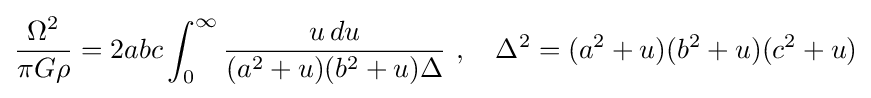
{\frac {\Omega ^{2}}{\pi G\rho }}=2abc\int _{0}^{\infty }{\frac {u\,du}{(a^{2}+u)(b^{2}+u)\Delta }}\ ,\quad \Delta ^{2}=(a^{2}+u)(b^{2}+u)(c^{2}+u)